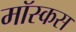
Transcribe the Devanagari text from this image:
मॉस्कस